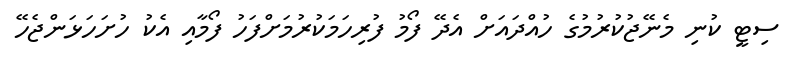
ސިޓީ ކުނި މެނޭޖުކުރުމުގެ ހުއްދައަށް އެދޭ ފޯމު ފުރިހަމަކުރުމަށްފަހު ފޯމާއި އެކު ހުށަހަޅަންޖެހޭ